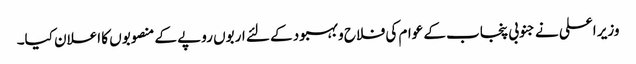
وزیر اعلی نے جنوبی پنجاب کے عوام کی فلاح و بہبود کے لئے اربوں روپے کے منصوبوں کا اعلان کیا۔